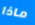
ماذا